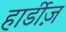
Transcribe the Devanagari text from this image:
हार्डीज़